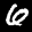
Label: 6